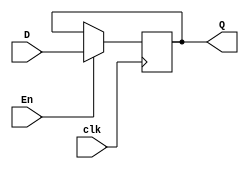
module register(D, En, clk, Q);
	input [15:0] D;
	input En, clk;
	output reg [15:0] Q;
	
	always@(posedge clk)
			if(En)
				Q <= D;
			else 
				Q <= Q;
				
endmodule